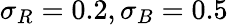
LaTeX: \sigma_{R}=0.2,\sigma_{B}=0.5